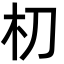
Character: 朷